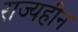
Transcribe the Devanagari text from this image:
राज्यहीन